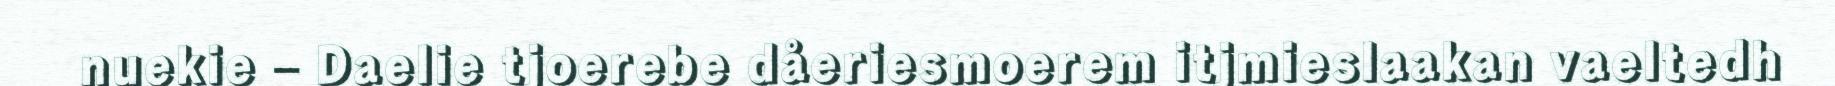
nuekie – Daelie tjoerebe dåeriesmoerem itjmieslaakan vaeltedh